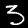
Digit: 3